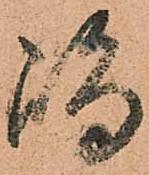
嶋